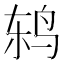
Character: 鸫